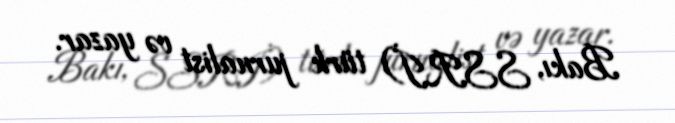
Bakı, SSRİ) türk jurnalist və yazar.